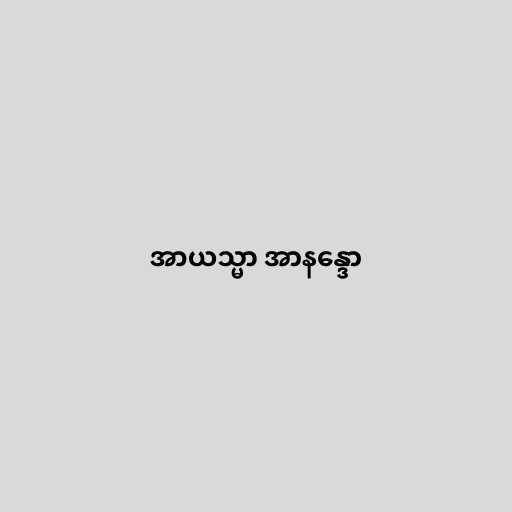
အာယသ္မာ အာနန္ဒော